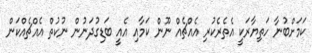
ކަމަށްބުނާ ހަތިޔާރަކީ އެތެރެކުރި އެއްޗެއް ނޫން ކަަމާއި އެއީ ބަޑިގުދަނުން ނުކުތް އެއްޗެއްކަން